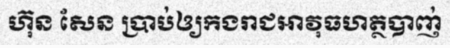
ហ៊ុន សែន ប្រាប់ឲ្យកងរាជអាវុធហត្ថបាញ់